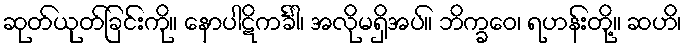
ဆုတ်ယုတ်ခြင်းကို။ နောပါဋိကင်္ခါ၊ အလိုမရှိအပ်။ ဘိက္ခဝေ၊ ရဟန်းတို့။ ဆဟိ၊